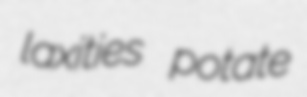
laxities potate